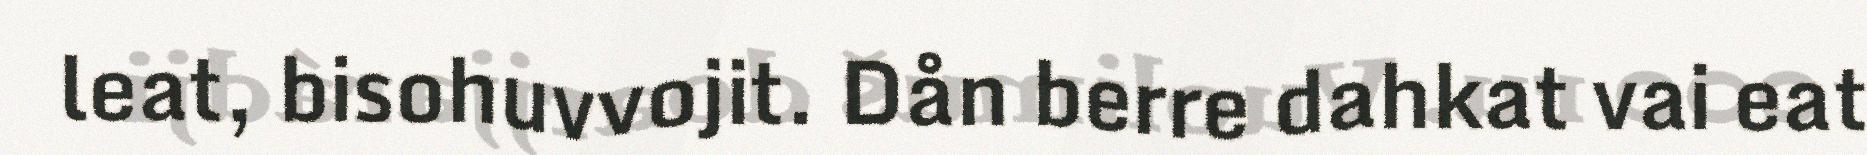
leat, bisohuvvojit. Dån berre dahkat vai eat